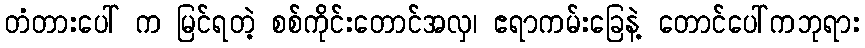
တံတားပေါ် က မြင်ရတဲ့ စစ်ကိုင်းတောင်အလှ၊ ဧရာကမ်းခြေနဲ့ တောင်ပေါ်ကဘုရား